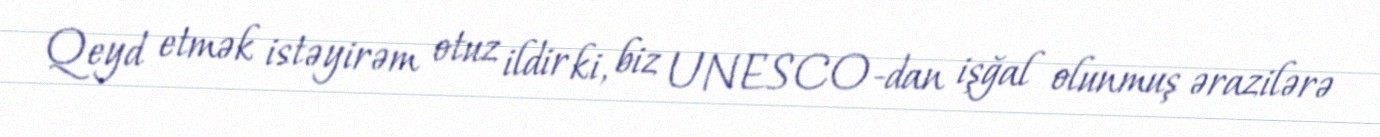
Qeyd etmək istəyirəm otuz ildir ki, biz UNESCO-dan işğal olunmuş ərazilərə